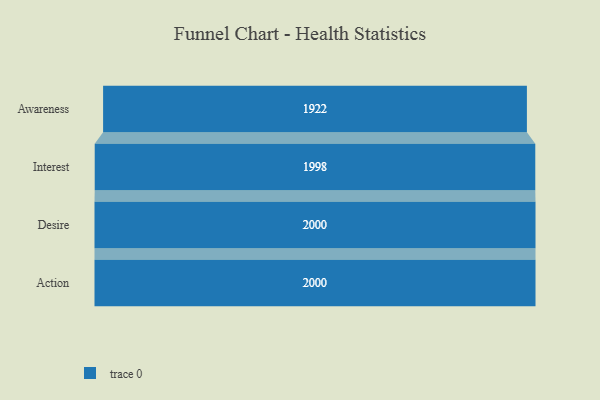
{"axis": {"x": "Stage", "y": "Value"}, "legend": [""], "data": [{"x": "Awareness", "y": 1922.0, "type": ""}, {"x": "Interest", "y": 1998.0, "type": ""}, {"x": "Desire", "y": 2000, "type": ""}, {"x": "Action", "y": 2000, "type": ""}]}